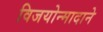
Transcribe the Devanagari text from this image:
विजयोन्मादाने